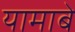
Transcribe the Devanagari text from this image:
यामाबे